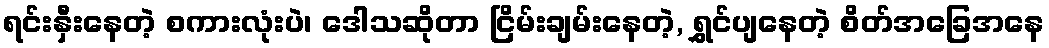
ရင်းနှီးနေတဲ့ စကားလုံးပဲ၊ ဒေါသဆိုတာ ငြိမ်းချမ်းနေတဲ့, ရွှင်ပျနေတဲ့ စိတ်အခြေအနေ